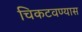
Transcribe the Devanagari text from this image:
चिकटवण्यास